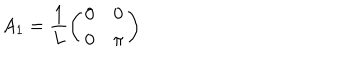
A _ { 1 } = \frac { 1 } { L } \left( \begin{array} { c c } { { 0 } } & { { 0 } } \\ { { 0 } } & { { \pi } } \\ \end{array} \right)